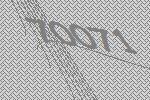
70071